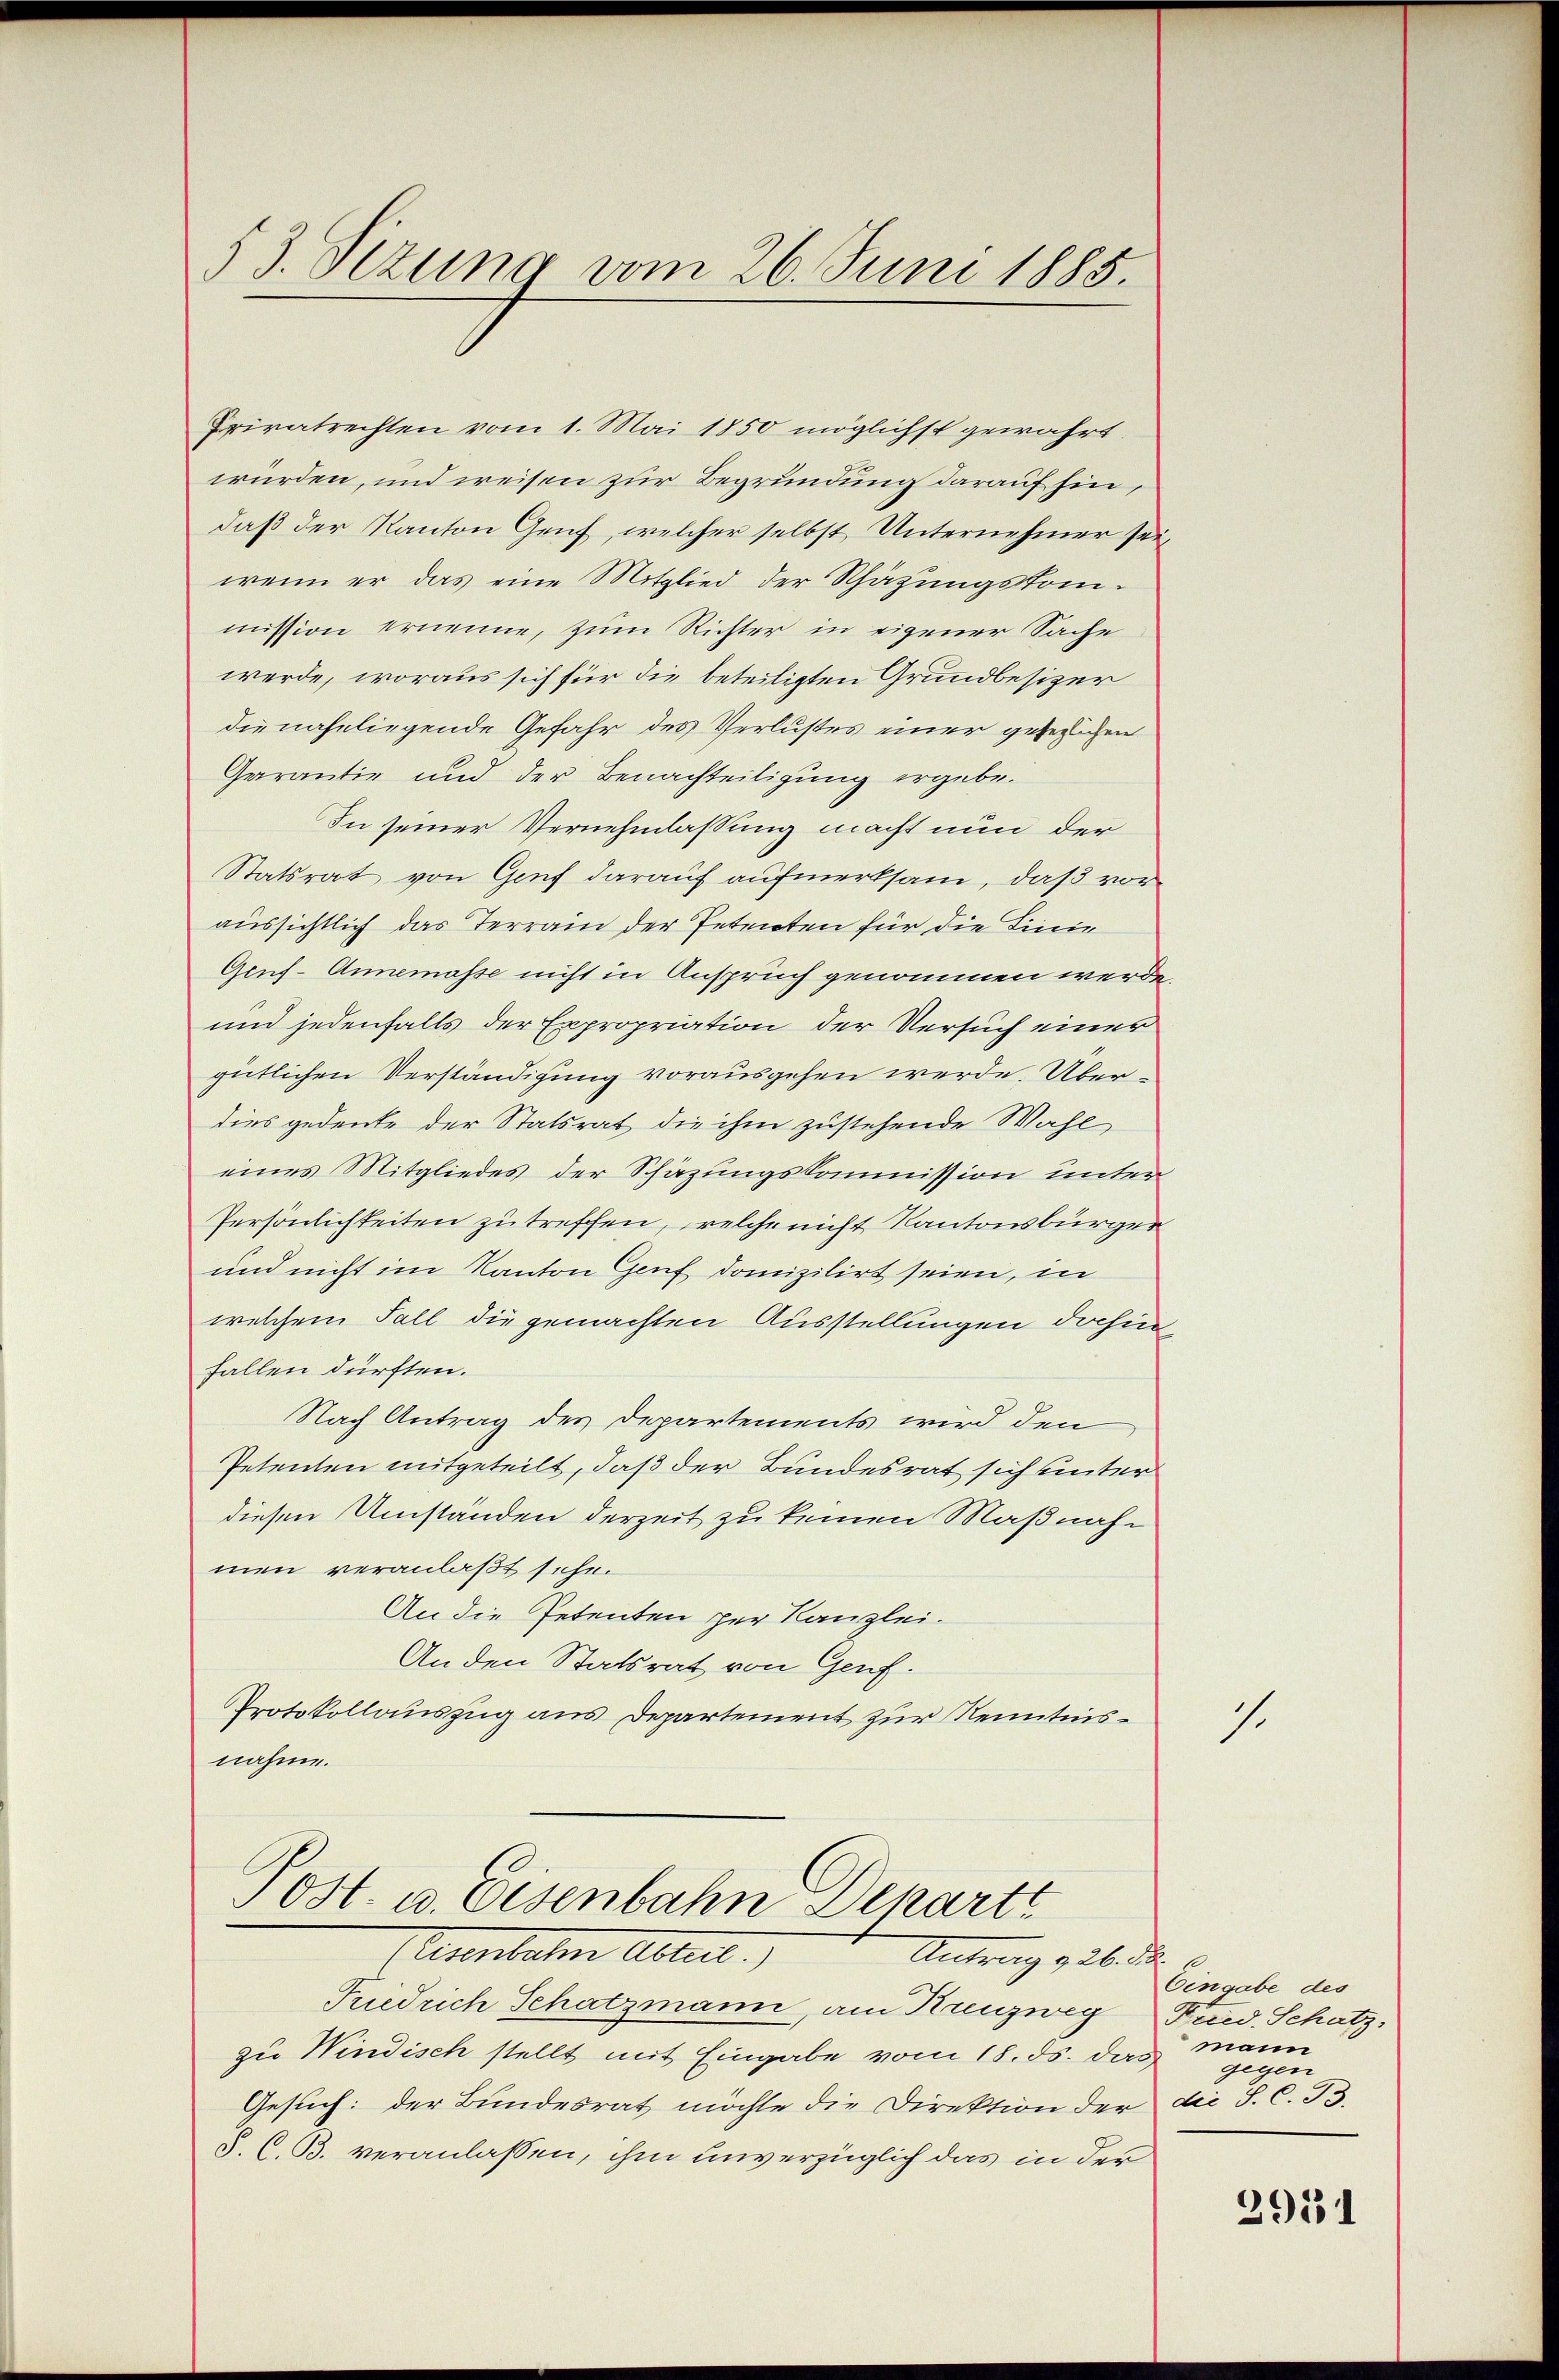
53. Stzung vom 26. Juni 1885.

Privatrechten vom 1. Mai 1850 möglichst gewahrt.
würden, und weisen zur Begründung darauf hin,
daß der Kanton Genf, welcher selbst Unternehmer sei,
wenn er das eine Mitglied der Schätzungskom-
mission ernenne, zum Richter in eigener Sache
werde, woraus sich für die beteiligten Grundbesizer
die naheliegende Gefahr des Verlustes einer gesezlichen
Garantie und der Benachteiligung ergebe.
In seiner Vernehmlassung macht nun der
Statsrat von Genf darauf aufmerksam, daß voraussichtlich das Terrain der Petenten für die Linie
Geuf-Annemasse nicht in Anspruch genommen werde,
und jedenfalls der Expropriation der Versuch einer
gütlichen Verständigung vorausgehen werde. Überdies gedeute der Statsrat die ihm zustehende Wahl
eines Mitgliedes der Schäzungskommission unter
Persönlichkeiten zu treffen, welche nicht Kantonsbürger
und nicht im Kanton Genf domizilirt seien, in
welchem Fall die gemachten Ausstellungen dahin,
fallen dürften.
Nach Antrag des Departements wird den
Petenten mitgeteilt, daß der Bundesrat sich unter
diesen Umständen derzeit zu keinen Maßnahmen veranlaßt sehe.
An die Petenten per Kanzlei.
Anden Statsrat von Genf.
Protokollauszug aus Departement zur Kenntnisnahme.
Post. u. Eisenbahn Departe

Ansbahne Altert
Antrag g 26. d. 8.

Friedrich Schatzmann, am Kreuzweg Kicid. Schatz,
zu Windisch stellt mit Eingabe vom 18. ds. das
Gesuch: der Bundesrat möchte die Direktion der
S. C. B. veranlassen, ihm unverzüglich das in der

1.

Eingabe des
mann
gegen
die S. C. B.

2951